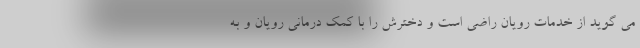
می گوید از خدمات رویان راضی است و دخترش را با کمک درمانی رویان و به